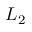
L _ { 2 }